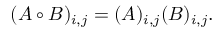
( A \circ B ) _ { i , j } = ( A ) _ { i , j } ( B ) _ { i , j } .